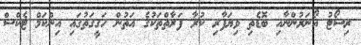
ރިސޯޓު އޯނަރުންނާއި ބޮޑެތި ވިޔަފާރި ކުރާ ފަރާތްތަކުގެ އަތުން ހަގީގަތުގައި އިންކަމް ޓެކްސް